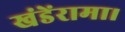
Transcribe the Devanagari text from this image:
खंडेंरामा।